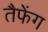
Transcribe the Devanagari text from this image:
तैफेंग